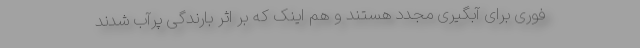
فوری برای آبگیری مجدد هستند و هم اینک که بر اثر بارندگی پرآب شدند